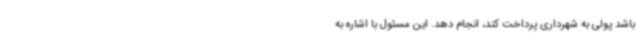
باشد پولی به شهرداری پرداخت کند، انجام دهد. این مسئول با اشاره به